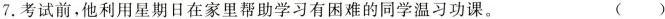
7.考试前，他利用星期日在家里帮助学习有困难的同学温习功课。 ()